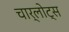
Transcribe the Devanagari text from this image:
चार्लोट्स